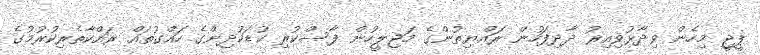
ޕީޖީ މިހެން ވިދާޅުވިއިރު ދާދިފަހުން ރައްޔިތުންގެ މަޖިލީހުން ފާސްކުރި ކުޑަކުދިންގެ ހައްގުތައް ރައްކާތެރިކުރުމުގެ